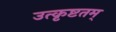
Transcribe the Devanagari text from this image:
उत्कृष्टतम्